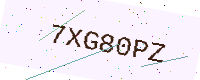
Text: 7XG80PZ